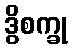
ဒွိစက္ခု